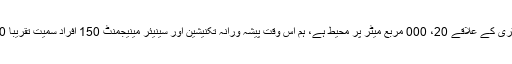
کایمیا میں ایک فیکٹری کے علاقے 20، 000 مربع میٹر پر محیط ہے، ہم اس وقت پیشہ ورانہ تکنیشین اور سینیئر مینیجمنٹ 150 افراد سمیت تقریباً 700 سٹاف ہوتا ہے ۔